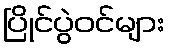
ပြိုင်ပွဲဝင်များ